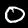
Label: 0